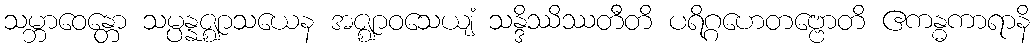
သမ္ဘာဝေန္တော သမ္ပန္နဇ္ဈာသယေန အဇ္ဈာဝသေယျံ သန္ဒိဿိဿတီတိ ပရိဂ္ဂဟေတဗ္ဗောတိ ဧကန္ဓကာရာနိ